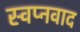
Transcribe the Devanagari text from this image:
स्वप्नवाद